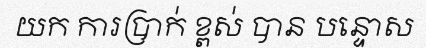
យក ការប្រាក់ ខ្ពស់ បាន បន្ទោស